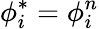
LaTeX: \phi_{i}^{*}=\phi_{i}^{n}